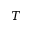
T